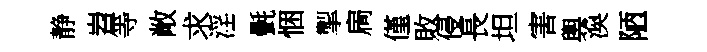
静岧等敞求淫㲲悃掣扄僅敗侵長坦害輿渙陋